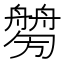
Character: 𦪤